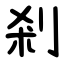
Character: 剎